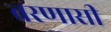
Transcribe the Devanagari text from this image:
वरणासी